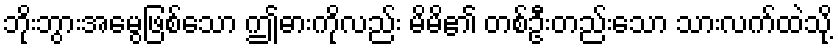
ဘိုးဘွားအမွေဖြစ်သော ဤဓားကိုလည်း မိမိ၏ တစ်ဦးတည်းသော သားလက်ထဲသို့